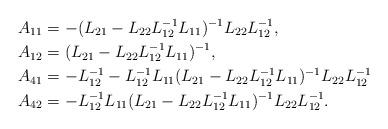
LaTeX: \begin{align*}A_{11}&=-(L_{21}-L_{22}L_{12}^{-1}L_{11})^{-1}L_{22}L_{12}^{-1},\\ A_{12}&=(L_{21}-L_{22}L_{12}^{-1}L_{11})^{-1},\\ A_{41}&=-L_{12}^{-1}-L_{12}^{-1}L_{11}(L_{21}-L_{22}L_{12}^{-1}L_{11})^{-1}L_{22}L_{12}^{-1}\\ A_{42}&=-L_{12}^{-1}L_{11}(L_{21}-L_{22}L_{12}^{-1}L_{11})^{-1}L_{22}L_{12}^{-1}.\end{align*}